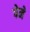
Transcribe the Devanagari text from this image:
पेने